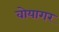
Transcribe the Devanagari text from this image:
वोयागर